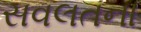
સવલતના